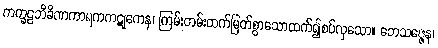
ကက္ခဠဘိခိဏကာရကကဋုကေန၊ ကြမ်းတမ်းထက်မြတ်စွာသောထက်၍စပ်လှသော။ ဘေသဇ္ဇေန၊